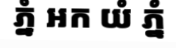
ភ្នំ អក យំ ភ្នំ